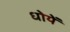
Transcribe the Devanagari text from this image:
धोयें